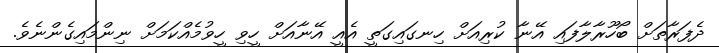
ދެފަރާތަށް ބޯހޫރާލާފައި އޭނާ ކުރިއަށް ހިނގައިގަތީ އެއީ އޭނާއަށް ހީވި ހީވުމެއްކަމަށް ނިންމައިގެންނެވެ.